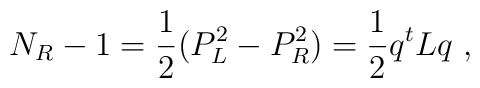
N_R -1 =\frac{1}{2} (P_L^2 - P_R^2) = \frac{1}{2} q^t L q \ ,